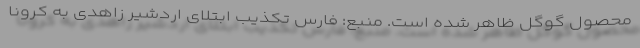
محصول گوگل ظاهر شده است. منبع: فارس تکذیب ابتلای اردشیر زاهدی به کرونا